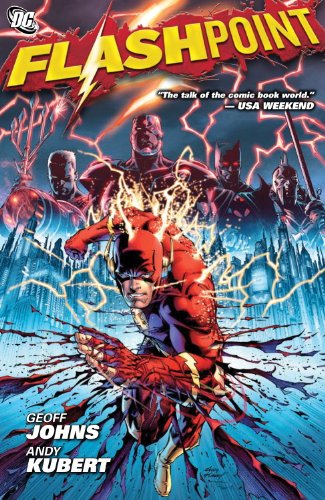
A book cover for Flashpoint; Geoff Johns; Comics & Graphic Novels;